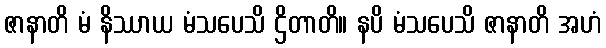
ဇာနာတိ မံ နိဿာယ မံသပေသိ ဌိတာတိ။ နပိ မံသပေသိ ဇာနာတိ အဟံ